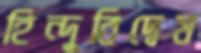
হিন্দুবিদ্বেষ